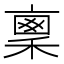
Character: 𥠤